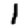
Digit: 1